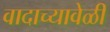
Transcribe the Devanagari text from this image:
वादाच्यावेळी